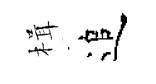
楫追